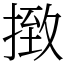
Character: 㨖